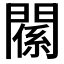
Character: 𨵺